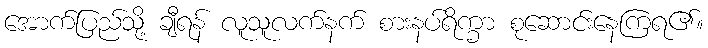
အောက်ပြည်သို့ ချီရန် လူသူလက်နက် စားနပ်ရိက္ခာ စုဆောင်းနေကြရ၏။